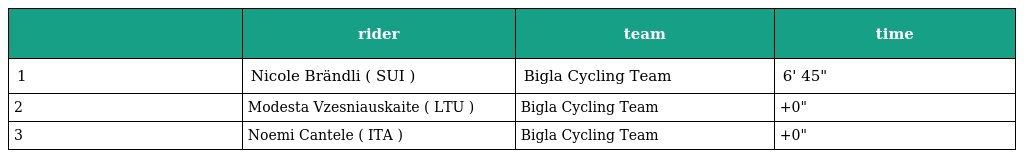
|  | rider | team | time |
 | --- | --- | --- | --- |
 | 1 | Nicole Brändli ( SUI ) | Bigla Cycling Team | 6' 45" |
 | 2 | Modesta Vzesniauskaite ( LTU ) | Bigla Cycling Team | +0" |
 | 3 | Noemi Cantele ( ITA ) | Bigla Cycling Team | +0" |